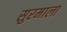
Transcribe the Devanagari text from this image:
सुरमाला